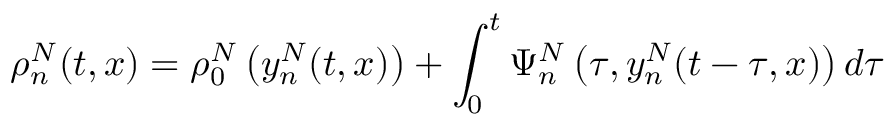
\rho _ { n } ^ { N } ( t , x ) = \rho _ { 0 } ^ { N } \left( y _ { n } ^ { N } ( t , x ) \right) + \int _ { 0 } ^ { t } \Psi _ { n } ^ { N } \left( \tau , y _ { n } ^ { N } ( t - \tau , x ) \right) d \tau